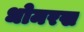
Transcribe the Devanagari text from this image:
धोमरख